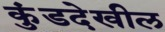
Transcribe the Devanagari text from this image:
कुंडदेखील